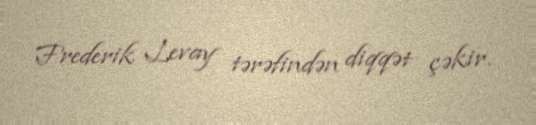
Frederik Levay tərəfindən diqqət çəkir.